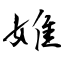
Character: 婎